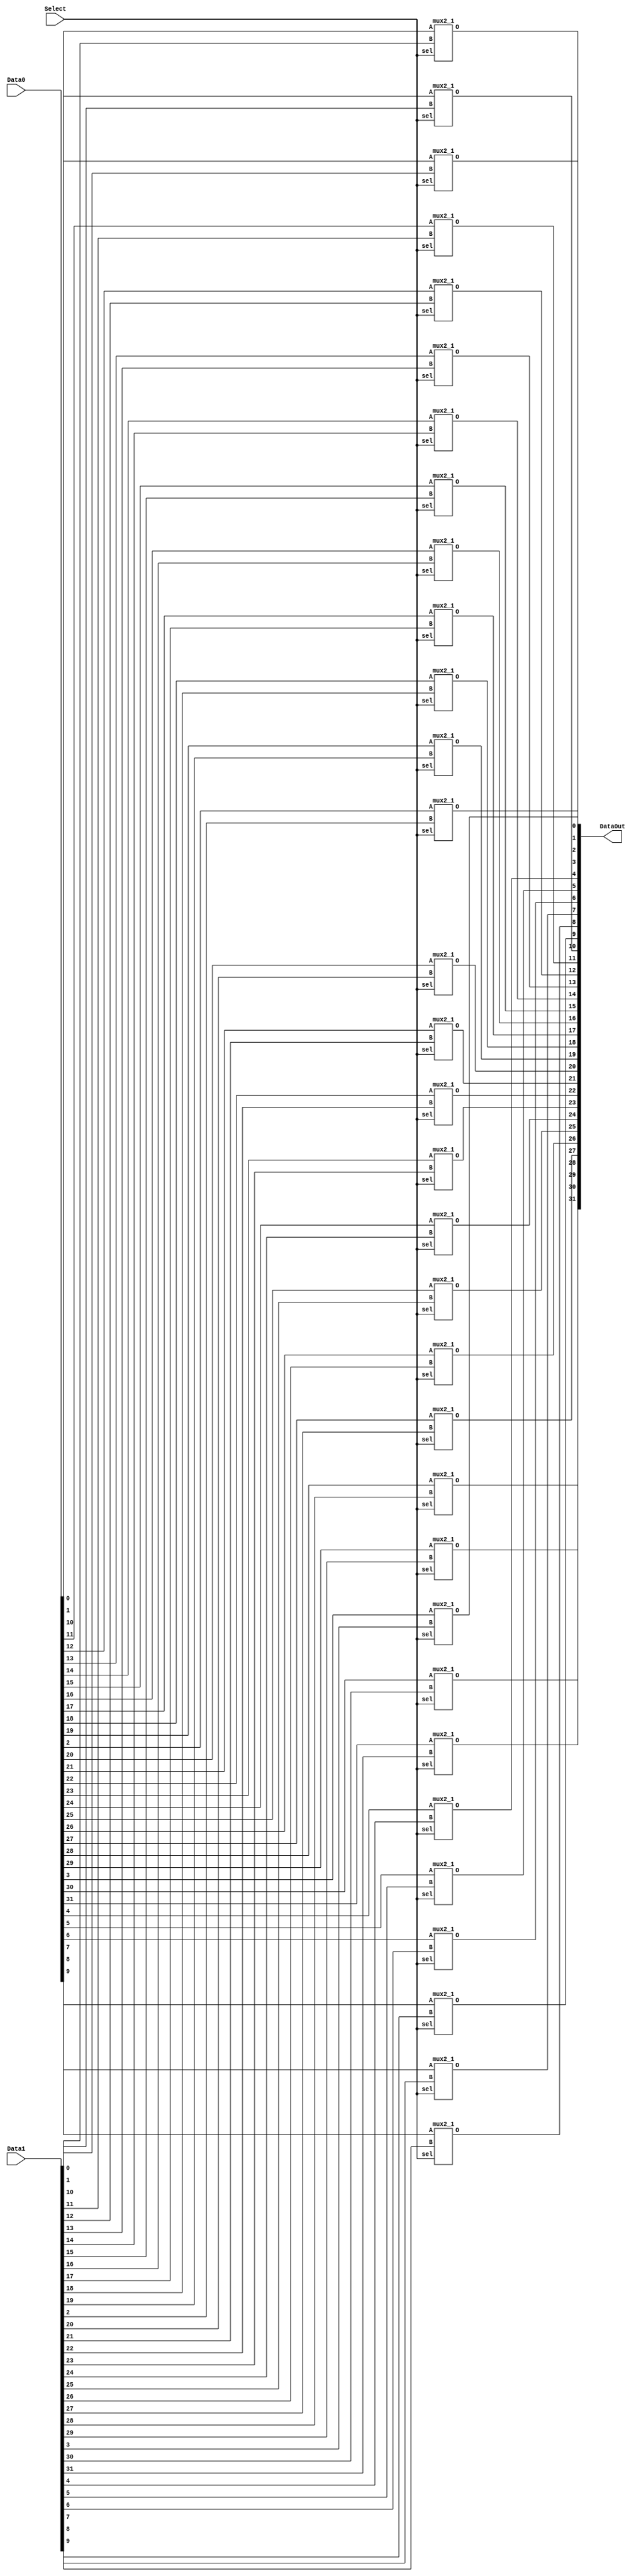
`timescale 1 ps / 100 fs
module mux2x32to32( DataOut,Data0, Data1, Select);
output [31:0] DataOut; // Data Out
input [31:0] Data0, Data1; // Data In 1 and 2
input Select;

mux2_1 mux0(DataOut[0],Data0[0],Data1[0],Select);
mux2_1 mux1(DataOut[1],Data0[1],Data1[1],Select);
mux2_1 mux2(DataOut[2],Data0[2],Data1[2],Select);
mux2_1 mux3(DataOut[3],Data0[3],Data1[3],Select);
mux2_1 mux4(DataOut[4],Data0[4],Data1[4],Select);
mux2_1 mux5(DataOut[5],Data0[5],Data1[5],Select);
mux2_1 mux6(DataOut[6],Data0[6],Data1[6],Select);
mux2_1 mux7(DataOut[7],Data0[7],Data1[7],Select);
mux2_1 mux8(DataOut[8],Data0[8],Data1[8],Select);
mux2_1 mux9(DataOut[9],Data0[9],Data1[9],Select);
mux2_1 mux10(DataOut[10],Data0[10],Data1[10],Select);
mux2_1 mux11(DataOut[11],Data0[11],Data1[11],Select);
mux2_1 mux12(DataOut[12],Data0[12],Data1[12],Select);
mux2_1 mux13(DataOut[13],Data0[13],Data1[13],Select);
mux2_1 mux14(DataOut[14],Data0[14],Data1[14],Select);
mux2_1 mux15(DataOut[15],Data0[15],Data1[15],Select);
mux2_1 mux16(DataOut[16],Data0[16],Data1[16],Select);
mux2_1 mux17(DataOut[17],Data0[17],Data1[17],Select);
mux2_1 mux18(DataOut[18],Data0[18],Data1[18],Select);
mux2_1 mux19(DataOut[19],Data0[19],Data1[19],Select);
mux2_1 mux20(DataOut[20],Data0[20],Data1[20],Select);
mux2_1 mux21(DataOut[21],Data0[21],Data1[21],Select);
mux2_1 mux22(DataOut[22],Data0[22],Data1[22],Select);
mux2_1 mux23(DataOut[23],Data0[23],Data1[23],Select);
mux2_1 mux24(DataOut[24],Data0[24],Data1[24],Select);
mux2_1 mux25(DataOut[25],Data0[25],Data1[25],Select);
mux2_1 mux26(DataOut[26],Data0[26],Data1[26],Select);
mux2_1 mux27(DataOut[27],Data0[27],Data1[27],Select);
mux2_1 mux28(DataOut[28],Data0[28],Data1[28],Select);
mux2_1 mux29(DataOut[29],Data0[29],Data1[29],Select);
mux2_1 mux30(DataOut[30],Data0[30],Data1[30],Select);
mux2_1 mux31(DataOut[31],Data0[31],Data1[31],Select);
endmodule

module mux2_1(O,A,B,sel);
// sel = 0 : O = A
// sel = 1 : O =B
output O;
input A,B,sel;
not #(50) not1(nsel,sel);
and #(50) and1(O1,A,nsel); 
and #(50) and2(O2,B,sel);
or #(50) or2(O,O1,O2);
endmodule